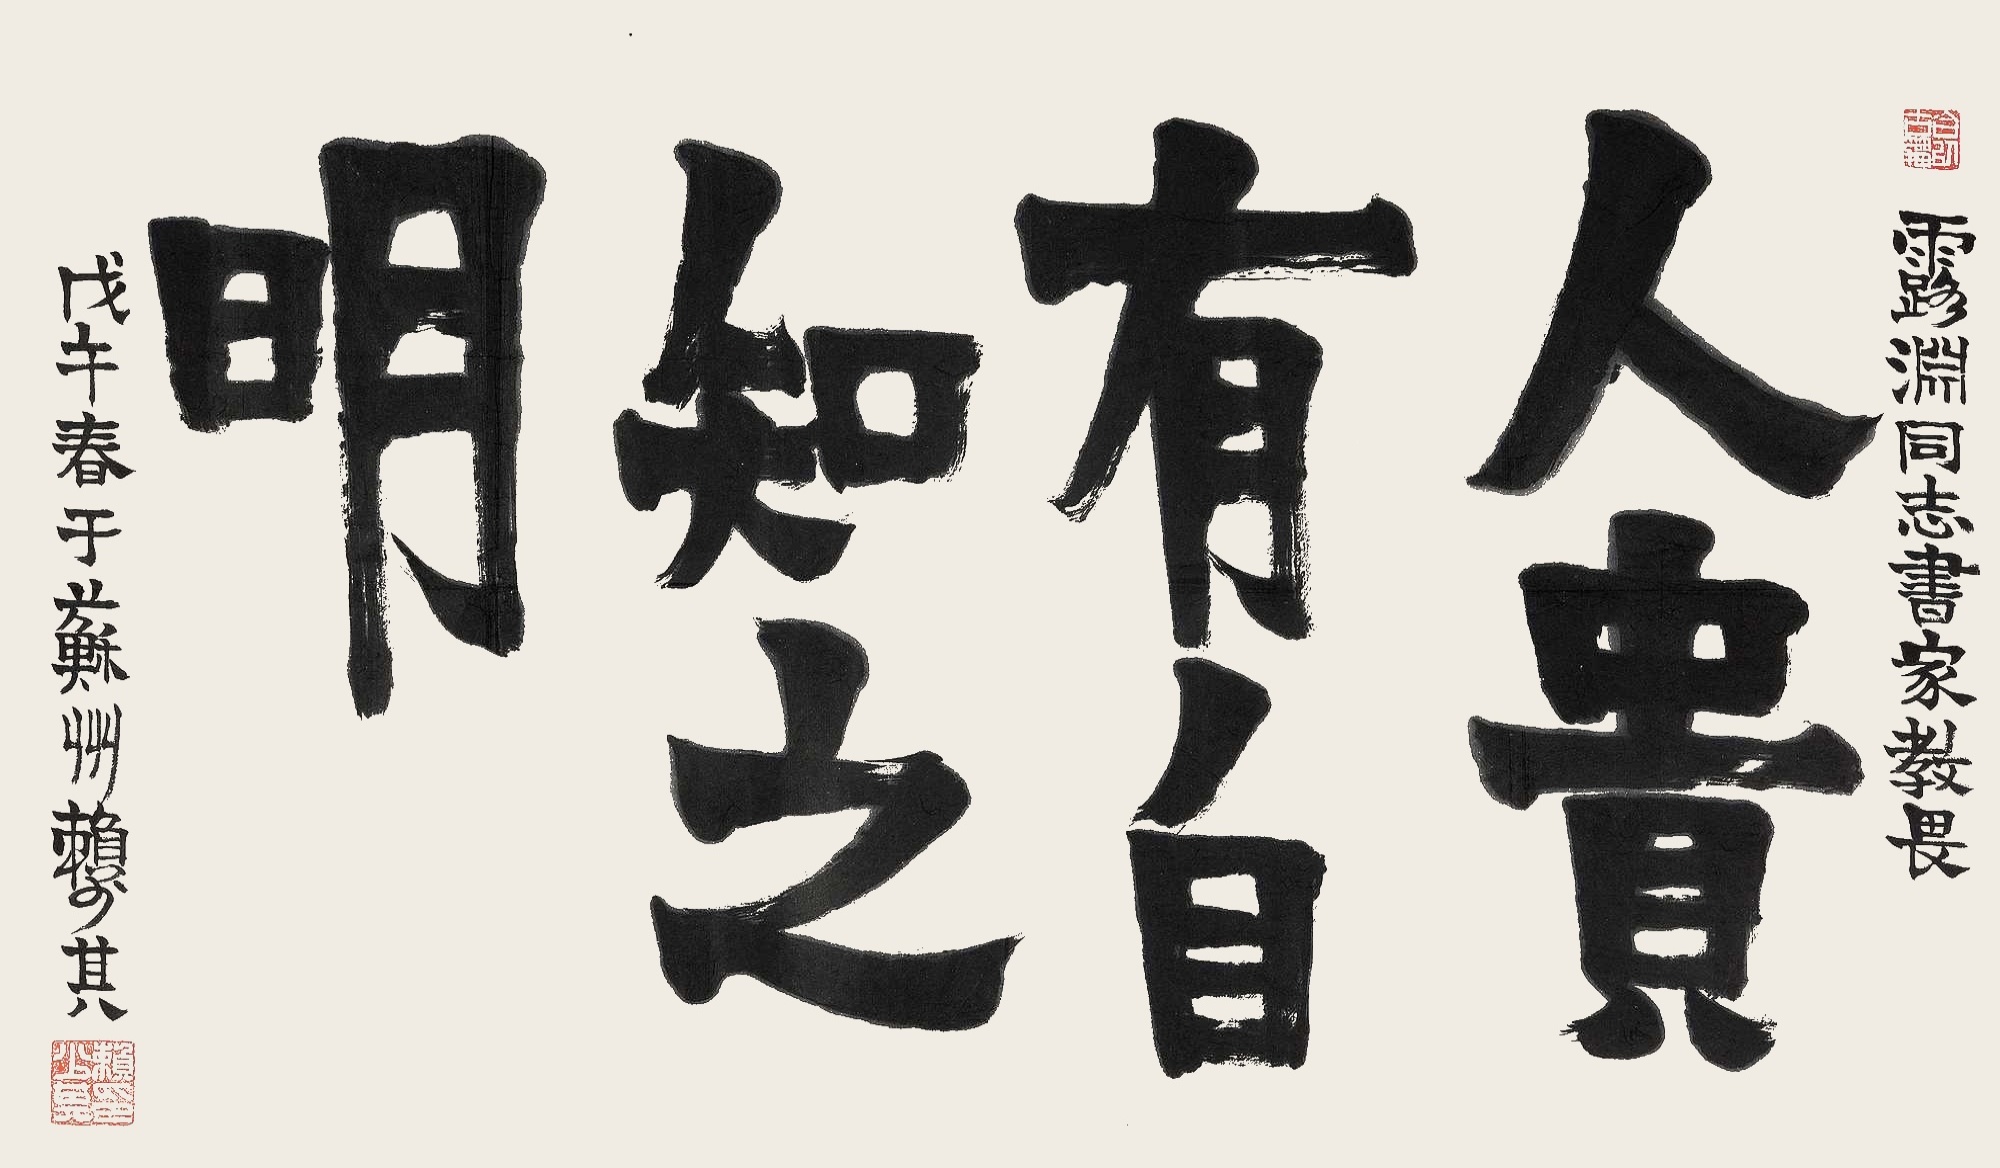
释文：人贵有自知之明。露渊同志书家教畏，戊午春于苏州，赖少其。